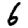
Digit: 6